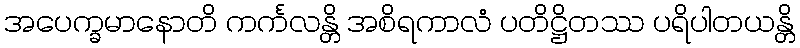
အပေက္ခမာနောတိ ကင်္ကလန္တိ အစိရကာလံ ပတိဋ္ဌိတဿ ပရိပါတယန္တိ